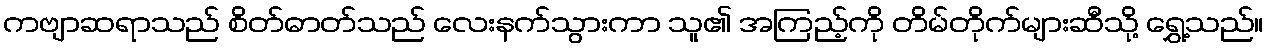
ကဗျာဆရာသည် စိတ်ဓာတ်သည် လေးနက်သွားကာ သူ၏ အကြည့်ကို တိမ်တိုက်များဆီသို့ ရွှေ့သည်။